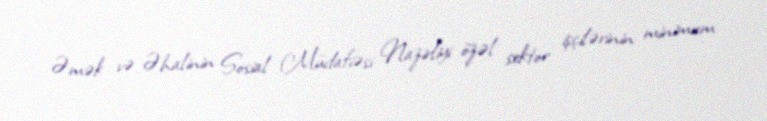
Əmək və Əhalinin Sosial Müdafiəsi Nazirliyi özəl sektor işçilərinin minimum